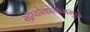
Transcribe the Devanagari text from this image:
स्ट्रेप्टोकोकसमुळे